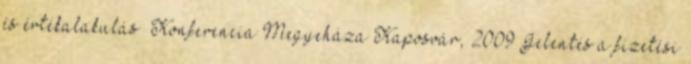
és értékalakulás” Konferencia Megyeháza Kaposvár, 2009 Jelentés a fizetési